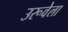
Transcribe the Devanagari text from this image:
उरूवेला